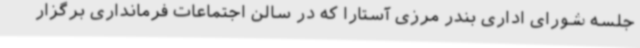
جلسه شورای اداری بندر مرزی آستارا که در سالن اجتماعات فرمانداری برگزار